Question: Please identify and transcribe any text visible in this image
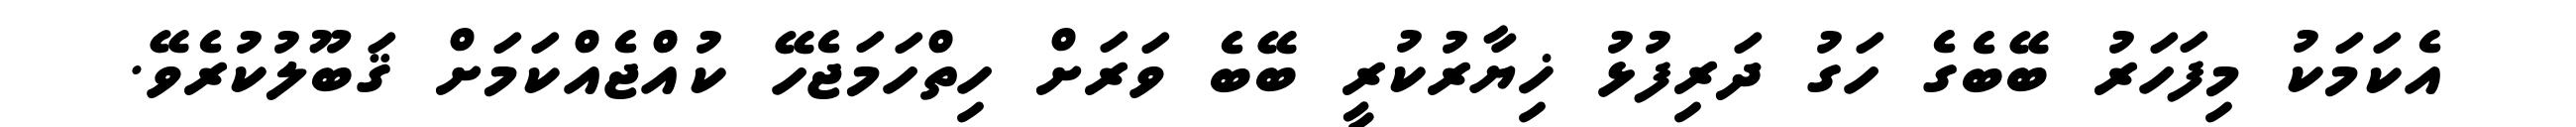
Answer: އެކަމަކު މިފަހަރު ބޭބެގެ ހަގު ދަރިފުޅު ޚިޔާރުކުރީ ބޭބެ ވަރަށް ހިތްހަމަޖެހޭ ކުއްޖެއްކަމަށް ޤަބޫލުކުރެވޭ.